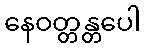
နေဝတ္တန္တပေါ